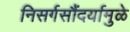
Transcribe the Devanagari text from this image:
निसर्गसौंदर्यामुळे